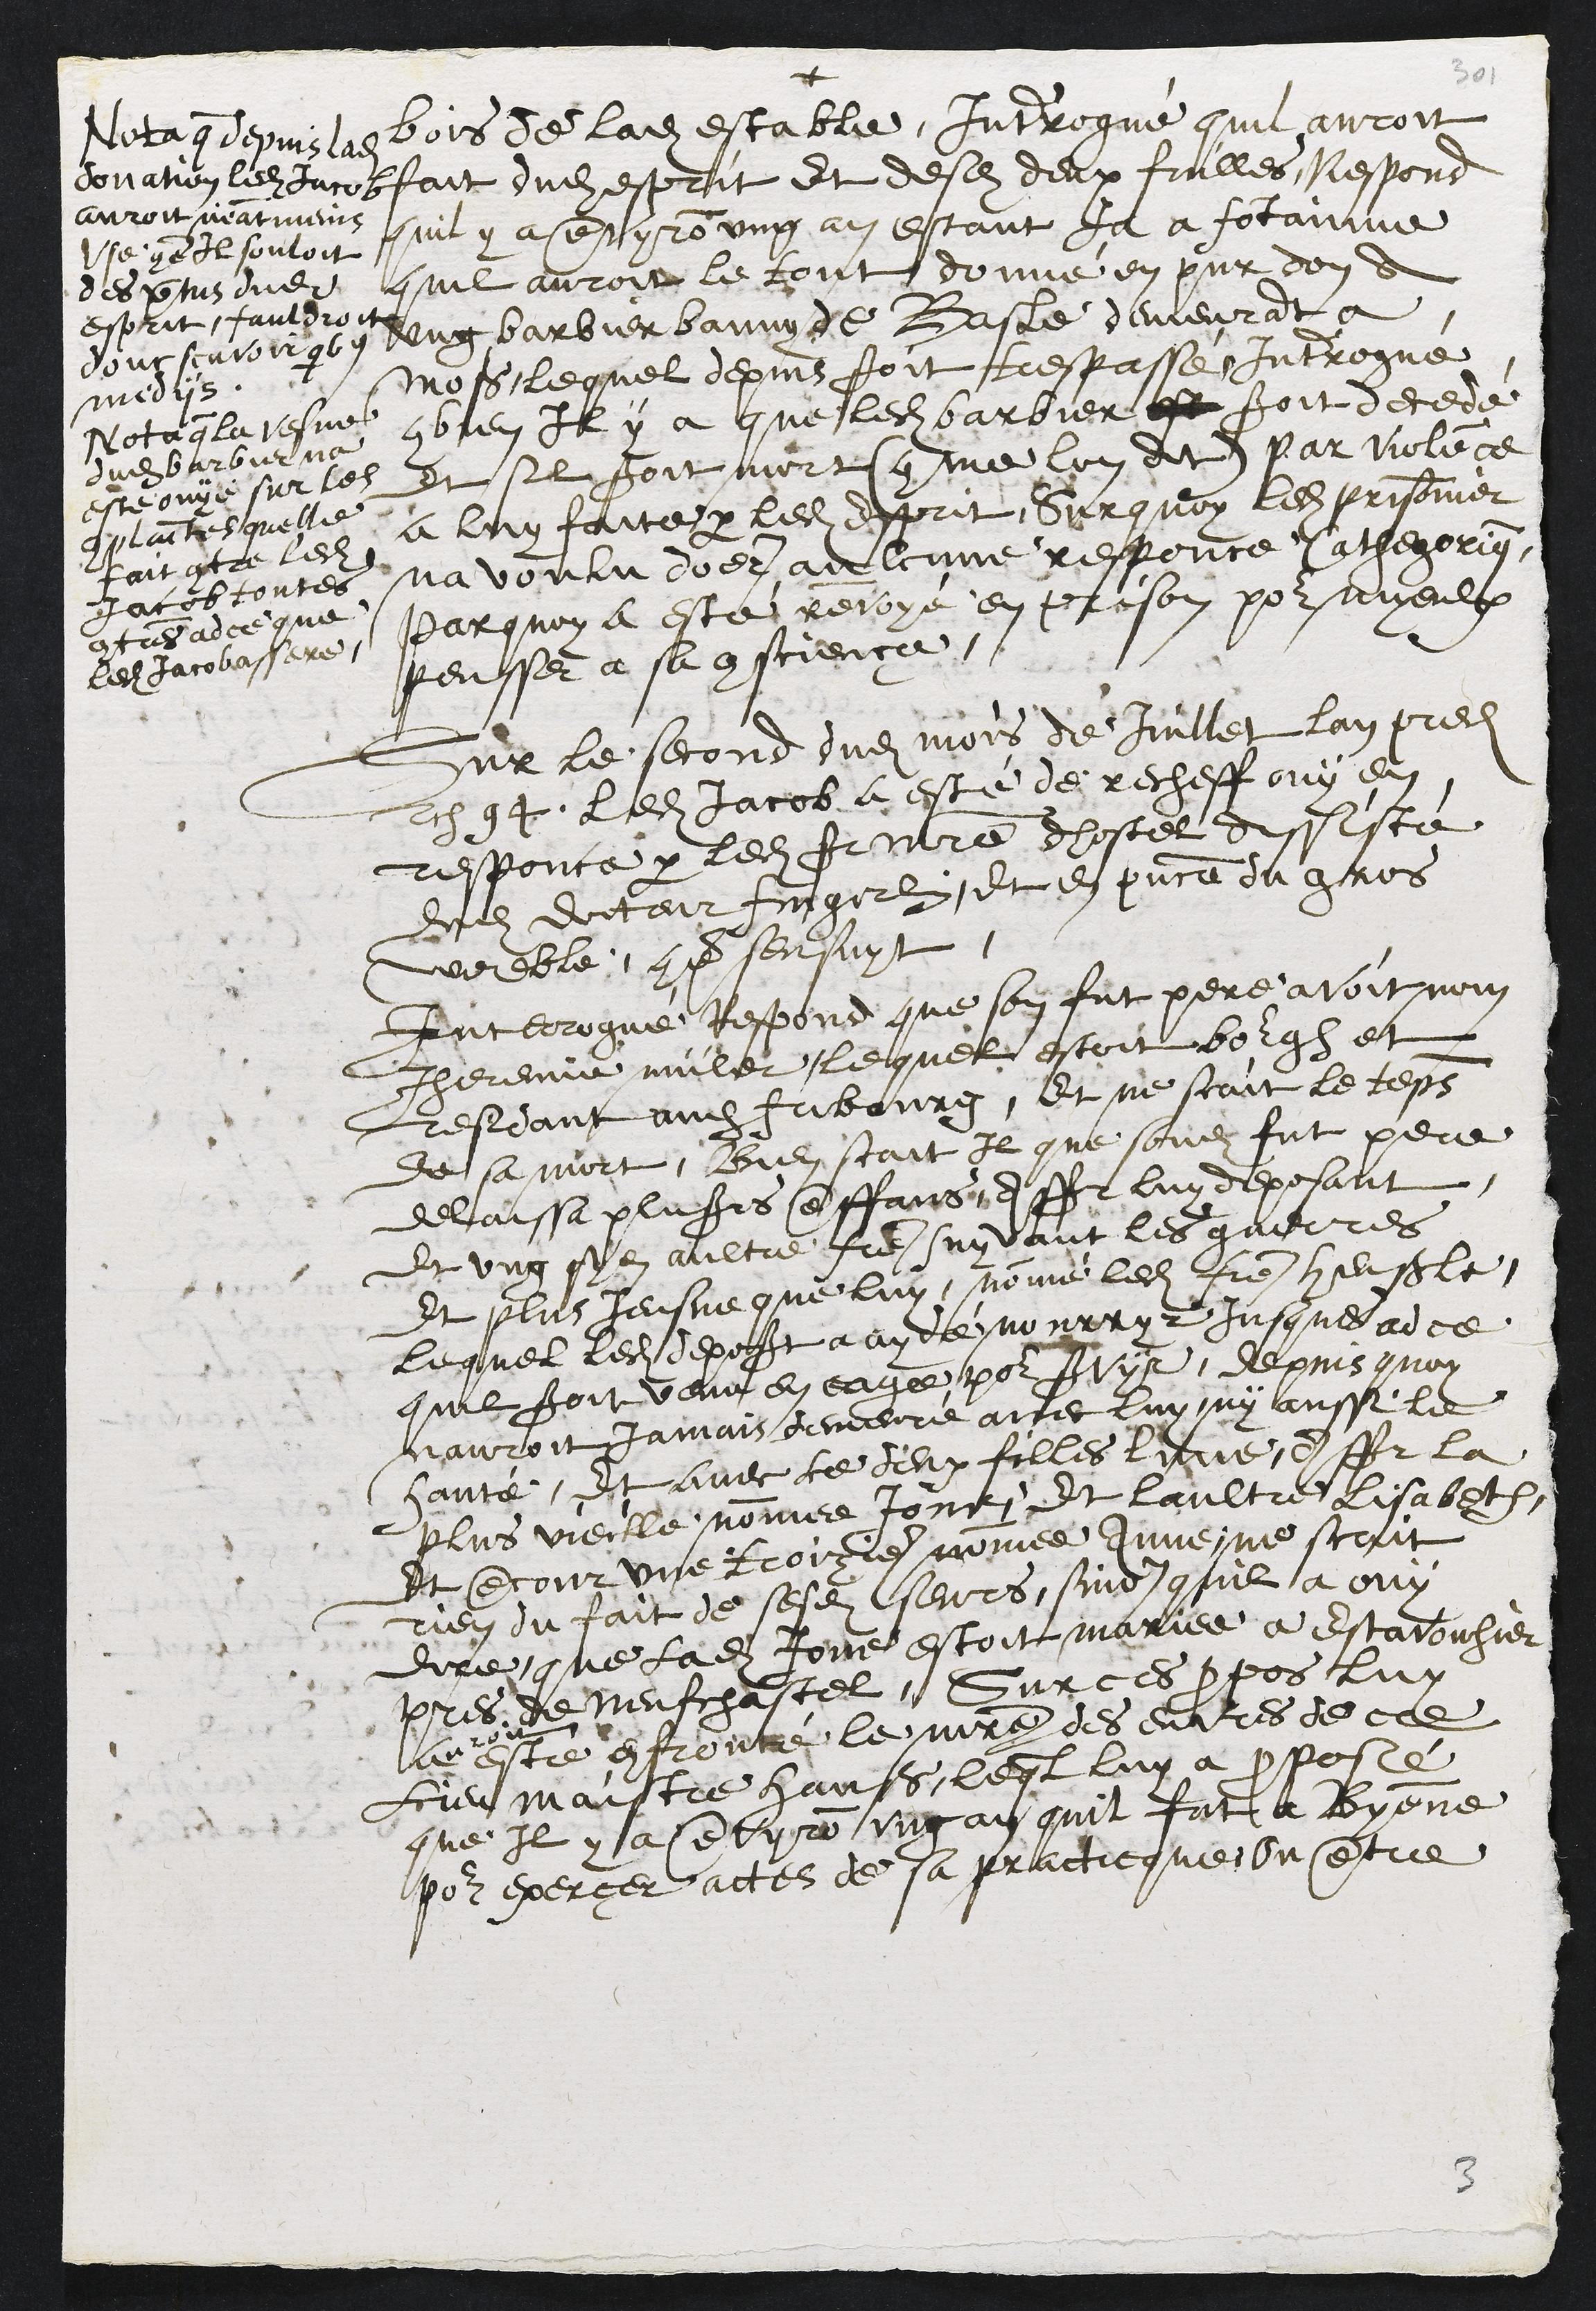
+
bois de ladite estable, Interrogué quil auroit
fait dudit esprit et desdits deux fuilles, Respond
quil y a environ ung an estant ja a fontainne
quil auroit le tout donné en pur don A
ung barbier banny de Basle demeurant a
Moß, lequel depuis seroit trespassé, Interrogué
combien Il y a que ledit barbier est seroit decedé
et sil seroit mort (comme lon dit) par violence
a luy faite par ledit Esprit, Surquoy ledit prisonnier
na voulu doner aulcune responce Cathegorique
Parquoy a esté renvoyé en prison pour myeulx
pensser a sa conscience.
Nota que depuis ladite
donation ledit Jacob
auroit neantmeins
Use come Il souloit
des vertus dudit
esprit, fauldroit
Donc scavoir qbs
mediis.
Nota que la vesve
dudit barbier na
esté ouye sur les
complaintes quelle
fait contre ledit
Jacob toutes
contres adce que
ledit Jacob assere.
Sur le second dudit mois de Juillet lan predit
etc 94, ledit Jacob a esté de recheff ouy en
responce par ledit sr maistre dhostel Assisté
dudit docteur Fingerlin, et en presence du gros
woeble, come sensuyt.
Interrogué, Respond que son fut pere avoit nom
Jheremie müler, lequel estoit bourgeois et
residant audit fribourg, et ne scait le temps
de sa mort, Bien scait Il que sondit fut pere
delaissa plusieurs enffans assavoir luy deposant
Et ung syen aultre frere suyvant les guerres
Et plus Jeusne que luy, nommé ledit fre Henßle
lequel ledit deposant a aydé nourryr jusques ad ce
quil seroit venu en eage pour servyr, depuis quoy
nauroit jamais demeure avec luy ny aussi le
hanté, Et avec ce deux filles lune, Assavoir la
plus vieille nomme Jone, Et laultre Lisabeth
Et encour une troizieme nommée Anne, ne scait
rien du fait de sesdites seurs, sinon quil a ouy
dire que ladite Jone estoit mariee a Estavouhier
pres de Neufchastel, Sur ces propos luy
auroit
esté confronté le maistre des euvres de ce
lieu maistre Hanß, lequel luy a proposé
que Il y a envyron ung an quil fut a Byenne
pour exercer actes de sa practicque ou entre

3